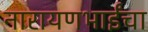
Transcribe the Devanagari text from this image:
नारायणभाईंचा